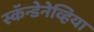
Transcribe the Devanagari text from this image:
स्कॅन्डेनेव्हिया